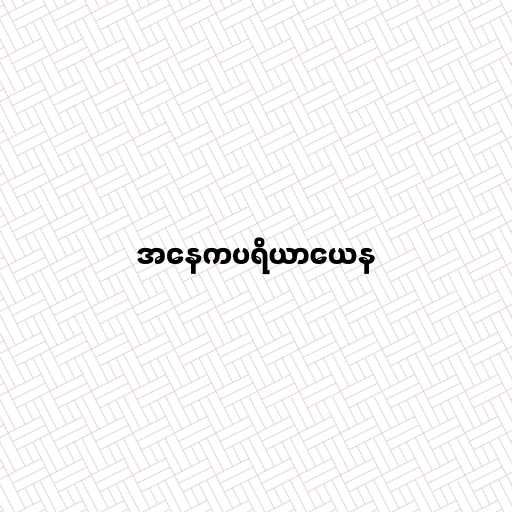
အနေကပရိယာယေန